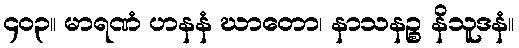
၄၀၃။ မာရဏံ ဟနနံ ဃာတော၊ နာသနဉ္စ နိသူဒနံ။